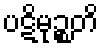
ပဋိမုဉ္စတိ